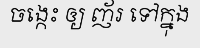
ចង្កេះ ឲ្យ ញ័រ ទៅក្នុង